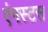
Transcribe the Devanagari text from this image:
एंगस्टस